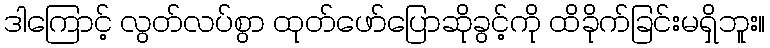
ဒါကြောင့် လွတ်လပ်စွာ ထုတ်ဖော်ပြောဆိုခွင့်ကို ထိခိုက်ခြင်းမရှိဘူး။